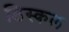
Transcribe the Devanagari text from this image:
डिस्कल